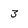
Character: 3